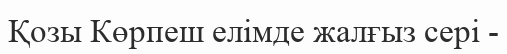
Қозы Көрпеш елімде жалғыз сері -